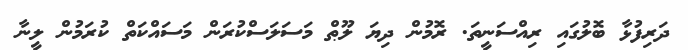
ދަރިފުޅާ ބޮލުގައި ރިއްސަނީތަ. ރޮމުން ދިޔަ ލޫޠް މަސަލަސްކުރަން މަސައްކަތް ކުރަމުން ލީނާ